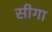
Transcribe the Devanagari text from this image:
सीगा